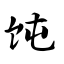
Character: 饨